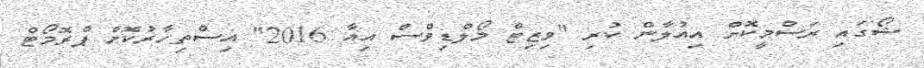
ޝޯގައި ރަސްމީކޮށް އިއުލާން ކުރި "ވިޒިޓް މޯލްޑިވްސް އިއާ 2016" އިސްތިހާރުކޮށް ޕްރޮމޯޓް